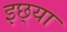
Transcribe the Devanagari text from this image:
इछ्या